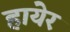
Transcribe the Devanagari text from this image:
हायेर